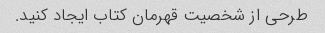
طرحی از شخصیت قهرمان کتاب ایجاد کنید.